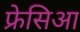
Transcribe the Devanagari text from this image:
फ्रेसिआ